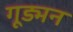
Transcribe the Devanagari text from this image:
गूड्मन